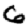
Digit: 6